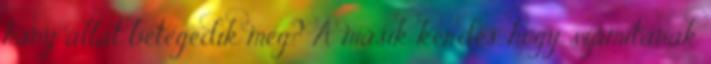
hány állat betegedik meg? A másik kérdés, hogy számítanak